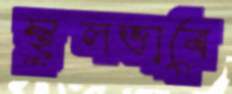
স্থূলভাবে